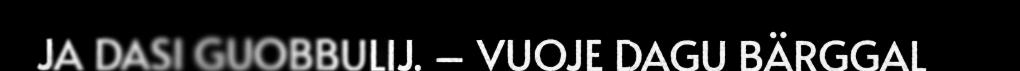
JA DASI GUOBBULIJ. – VUOJE DAGU BÄRGGAL